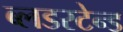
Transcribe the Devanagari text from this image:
ब्लडस्टेन्ड